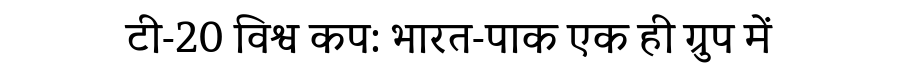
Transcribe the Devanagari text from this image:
टी-20 विश्व कप: भारत-पाक एक ही ग्रुप में